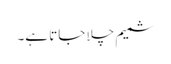
شمیم چلا جاتا ہے۔